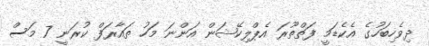
ދިވެހިބަހުގެ އެކެޑަމީ ފަތްތޫރަ އެޕްލިކޭޝަން އަންނަ މަހު ތައާރަފް ކުރަނީ 7 މަސް